Rangoon Lunatic Asylum 1878-1892 - 1878-1892
Year: 1878
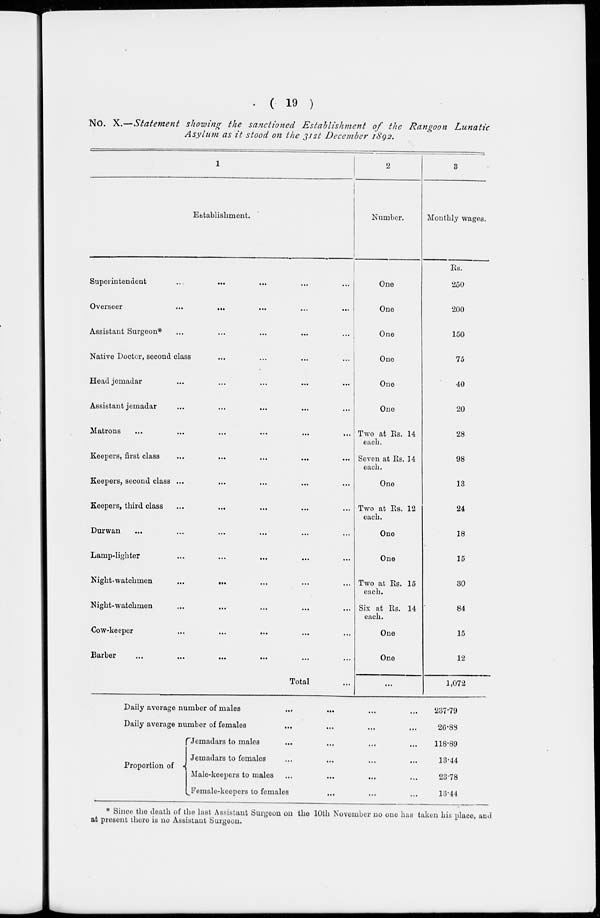
( 19 )
No. X.—Statement showing the sanctioned Establishment of the Rangoon Lunatic
Asylum as it stood on the 31st December 1892.
1
Establishment.
Superintendent ... ... ... ... ...
Overseer ... ... ... ... ... ...
Assistant Surgeon*
...
...
...
...
...
Native Doctor, second class ... ... ... ...
Head jemadar ... ... ... ... ... ...
Assistant jemadar ... ... ... ... ...
Matrons ... ... ... ... ... ... ...
Keepers, first class
...
...
...
...
...
Keepers, second class ... ... ... ...
Keepers, third class ... ... ... ... ...
Durwan ... ... ... ... ... ... ...
Lamp-lighter ... ... ... ... .. ....
Night-watchmen ... ... ... ... ...
Night-watchmen ... ... ... ... ...
Cow-keeper
...
...
...
...
...
...
Barber ... ... ... ... ... ...
Total ...
2
Number.
One
One
One
One
One
One
Two at Rs. 14
each.
Seven at Rs. 14
each.
One
Two at Rs. 12
each.
One
One
Two at Rs.15
each.
Six at Rs. 14
each.
One
One
...
3
Monthly wages.
Rs.
250
200
150
75
40
20
28
98
13
24
18
15
30
84
15
12
1,072
Daily average number of males ... ... ... ...
Daily average number of females ... ... ...
Proportion of
Jemadars to males ... ... ...
Jemadars to females ... ...
Male-keepers to males ... ...
Female-keepers to females ...
237.79
20.88
118.89
13.44
23.78
13.44
* Since the death of the last Assistant Surgeon on the 10th November no one has taken his place, and
at present there is no Assistant Surgeon.